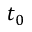
t _ { 0 }